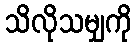
သိလိုသမျှကို